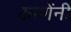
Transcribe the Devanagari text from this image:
काणेंनी